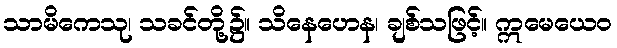
သာမိကေသု၊ သခင်တို့၌။ သိနေဟေန၊ ချစ်သဖြင့်။ ဣမေယေဝ